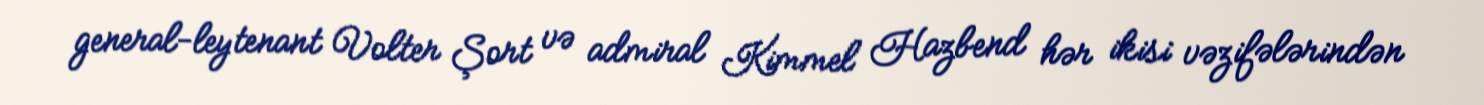
general-leytenant Volter Şort və admiral Kimmel Hazbend hər ikisi vəzifələrindən